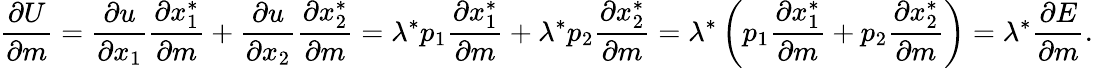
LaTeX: \, \! {\frac{\partial U}{\partial m}}={\frac{\partial u}{\partial x_{1}}}{\frac{\partial x_{1}^{*}}{\partial m}}+{\frac{\partial u}{\partial x_{2}}}{\frac{\partial x_{2}^{*}}{\partial m}}=\lambda^{*}p_{1}{\frac{\partial x_{1}^{*}}{\partial m}}+\lambda^{*}p_{2}{\frac{\partial x_{2}^{*}}{\partial m}}=\lambda^{*}\left(p_{1}{\frac{\partial x_{1}^{*}}{\partial m}}+p_{2}{\frac{\partial x_{2}^{*}}{\partial m}}\right)=\lambda^{*}{\frac{\partial E}{\partial m}}.